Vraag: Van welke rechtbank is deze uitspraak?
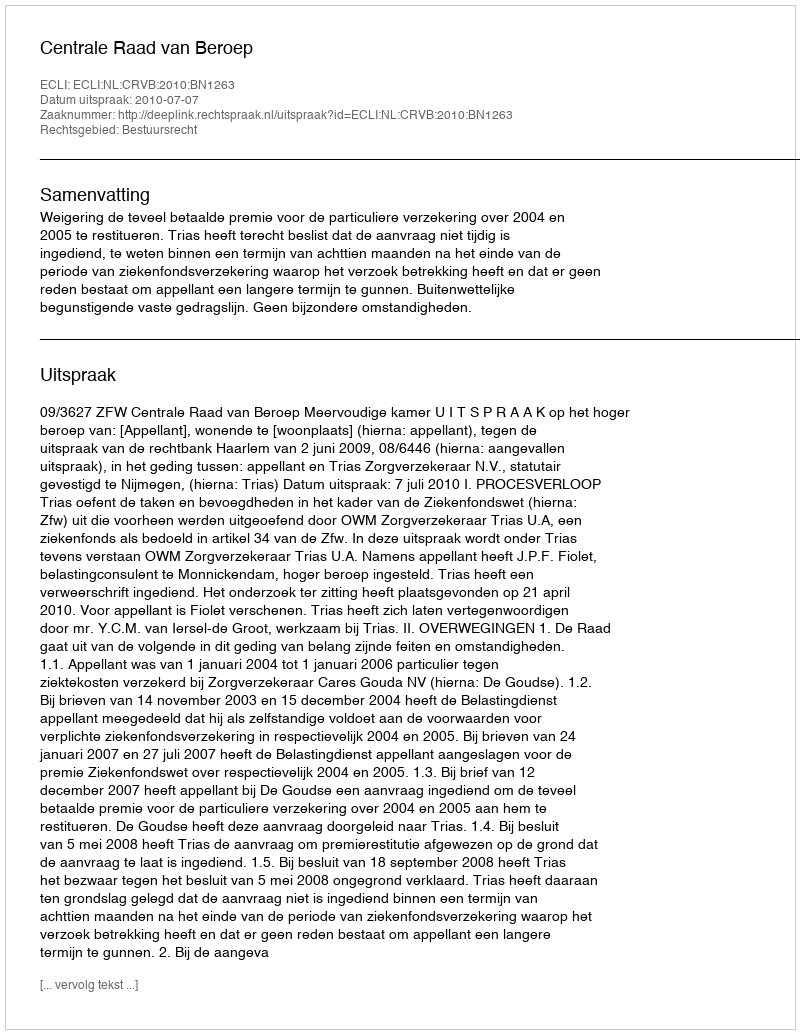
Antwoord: Centrale Raad van Beroep